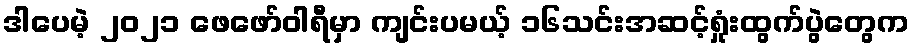
ဒါပေမဲ့ ၂၀၂၁ ဖေဖော်ဝါရီမှာ ကျင်းပမယ့် ၁၆သင်းအဆင့်ရှုံးထွက်ပွဲတွေက